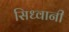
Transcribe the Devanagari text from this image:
सिध्वानी